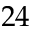
2 4